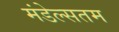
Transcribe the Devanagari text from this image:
मंडेल्सतम